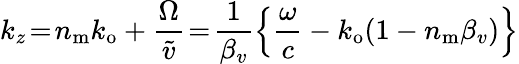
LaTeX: k_{z}\! =\! n_{\mathrm{m}}k_{\mathrm{o}}+\frac{\Omega}{\widetilde{v}}\! =\! \frac{1}{\beta_{v}}\left\{ \frac{\omega}{c}-k_{\mathrm{o}}(1-n_{\mathrm{m}}\beta_{v})\right\}